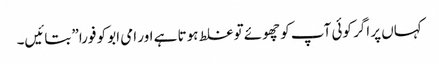
کہاں‌ پر اگر کوئی آپ کو چھوئے تو غلط ہوتا ہے اور امی ابو کو فورا” بتائیں۔